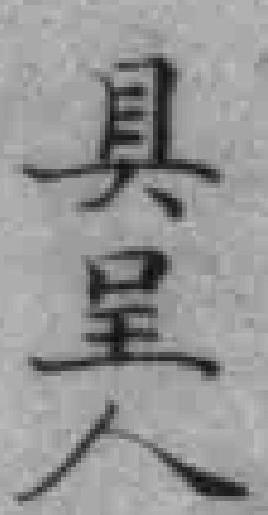
具呈人